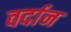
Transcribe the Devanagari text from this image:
वर्दान